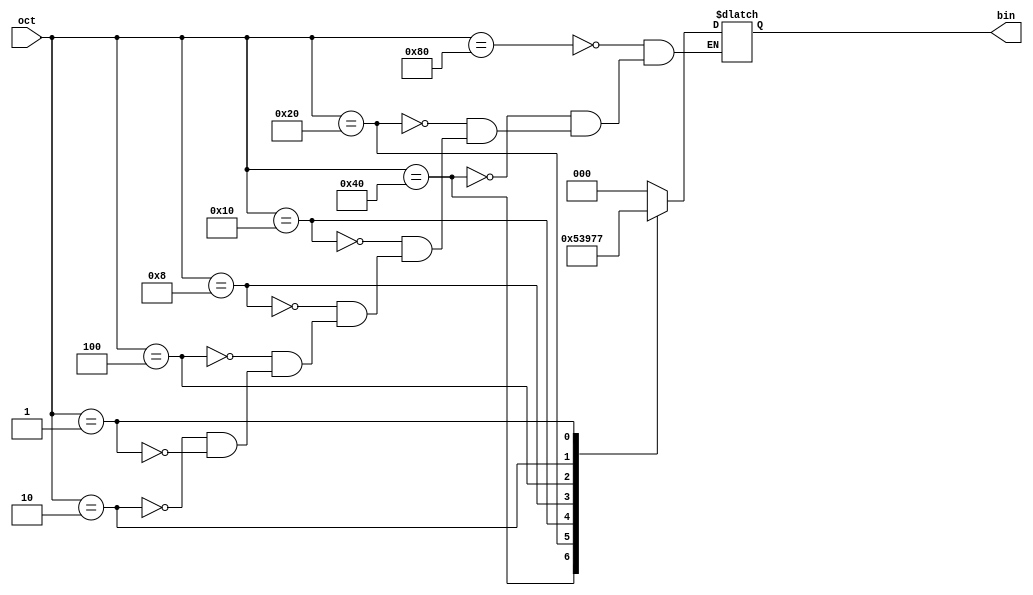
module octtobin(oct,bin);
input[7:0] oct;
output [2:0] bin;
reg [2:0]bin;
always @ (oct)
    begin
case (oct)
128 : bin = 0;
64 : bin =  1;
32 : bin =  2;
16 : bin =  3;
8 : bin =   4;
4 : bin =   5;
2 : bin =   6;
1 : bin =   7;
           
           
           endcase
    end
endmodule